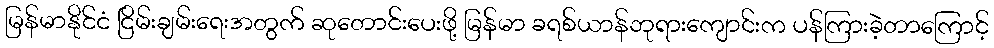
မြန်မာနိုင်ငံ ငြိမ်းချမ်းရေးအတွက် ဆုတောင်းပေးဖို့ မြန်မာ ခရစ်ယာန်ဘုရားကျောင်းက ပန်ကြားခဲ့တာကြောင့်